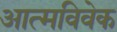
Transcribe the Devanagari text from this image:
आत्मविवेक